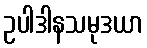
ဥပါဒါနသမုဒယာ